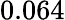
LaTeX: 0.064